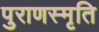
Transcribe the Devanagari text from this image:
पुराणस्मृति